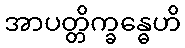
အာပတ္တိက္ခန္ဓေဟိ